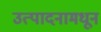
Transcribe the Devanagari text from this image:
उत्पादनामधून